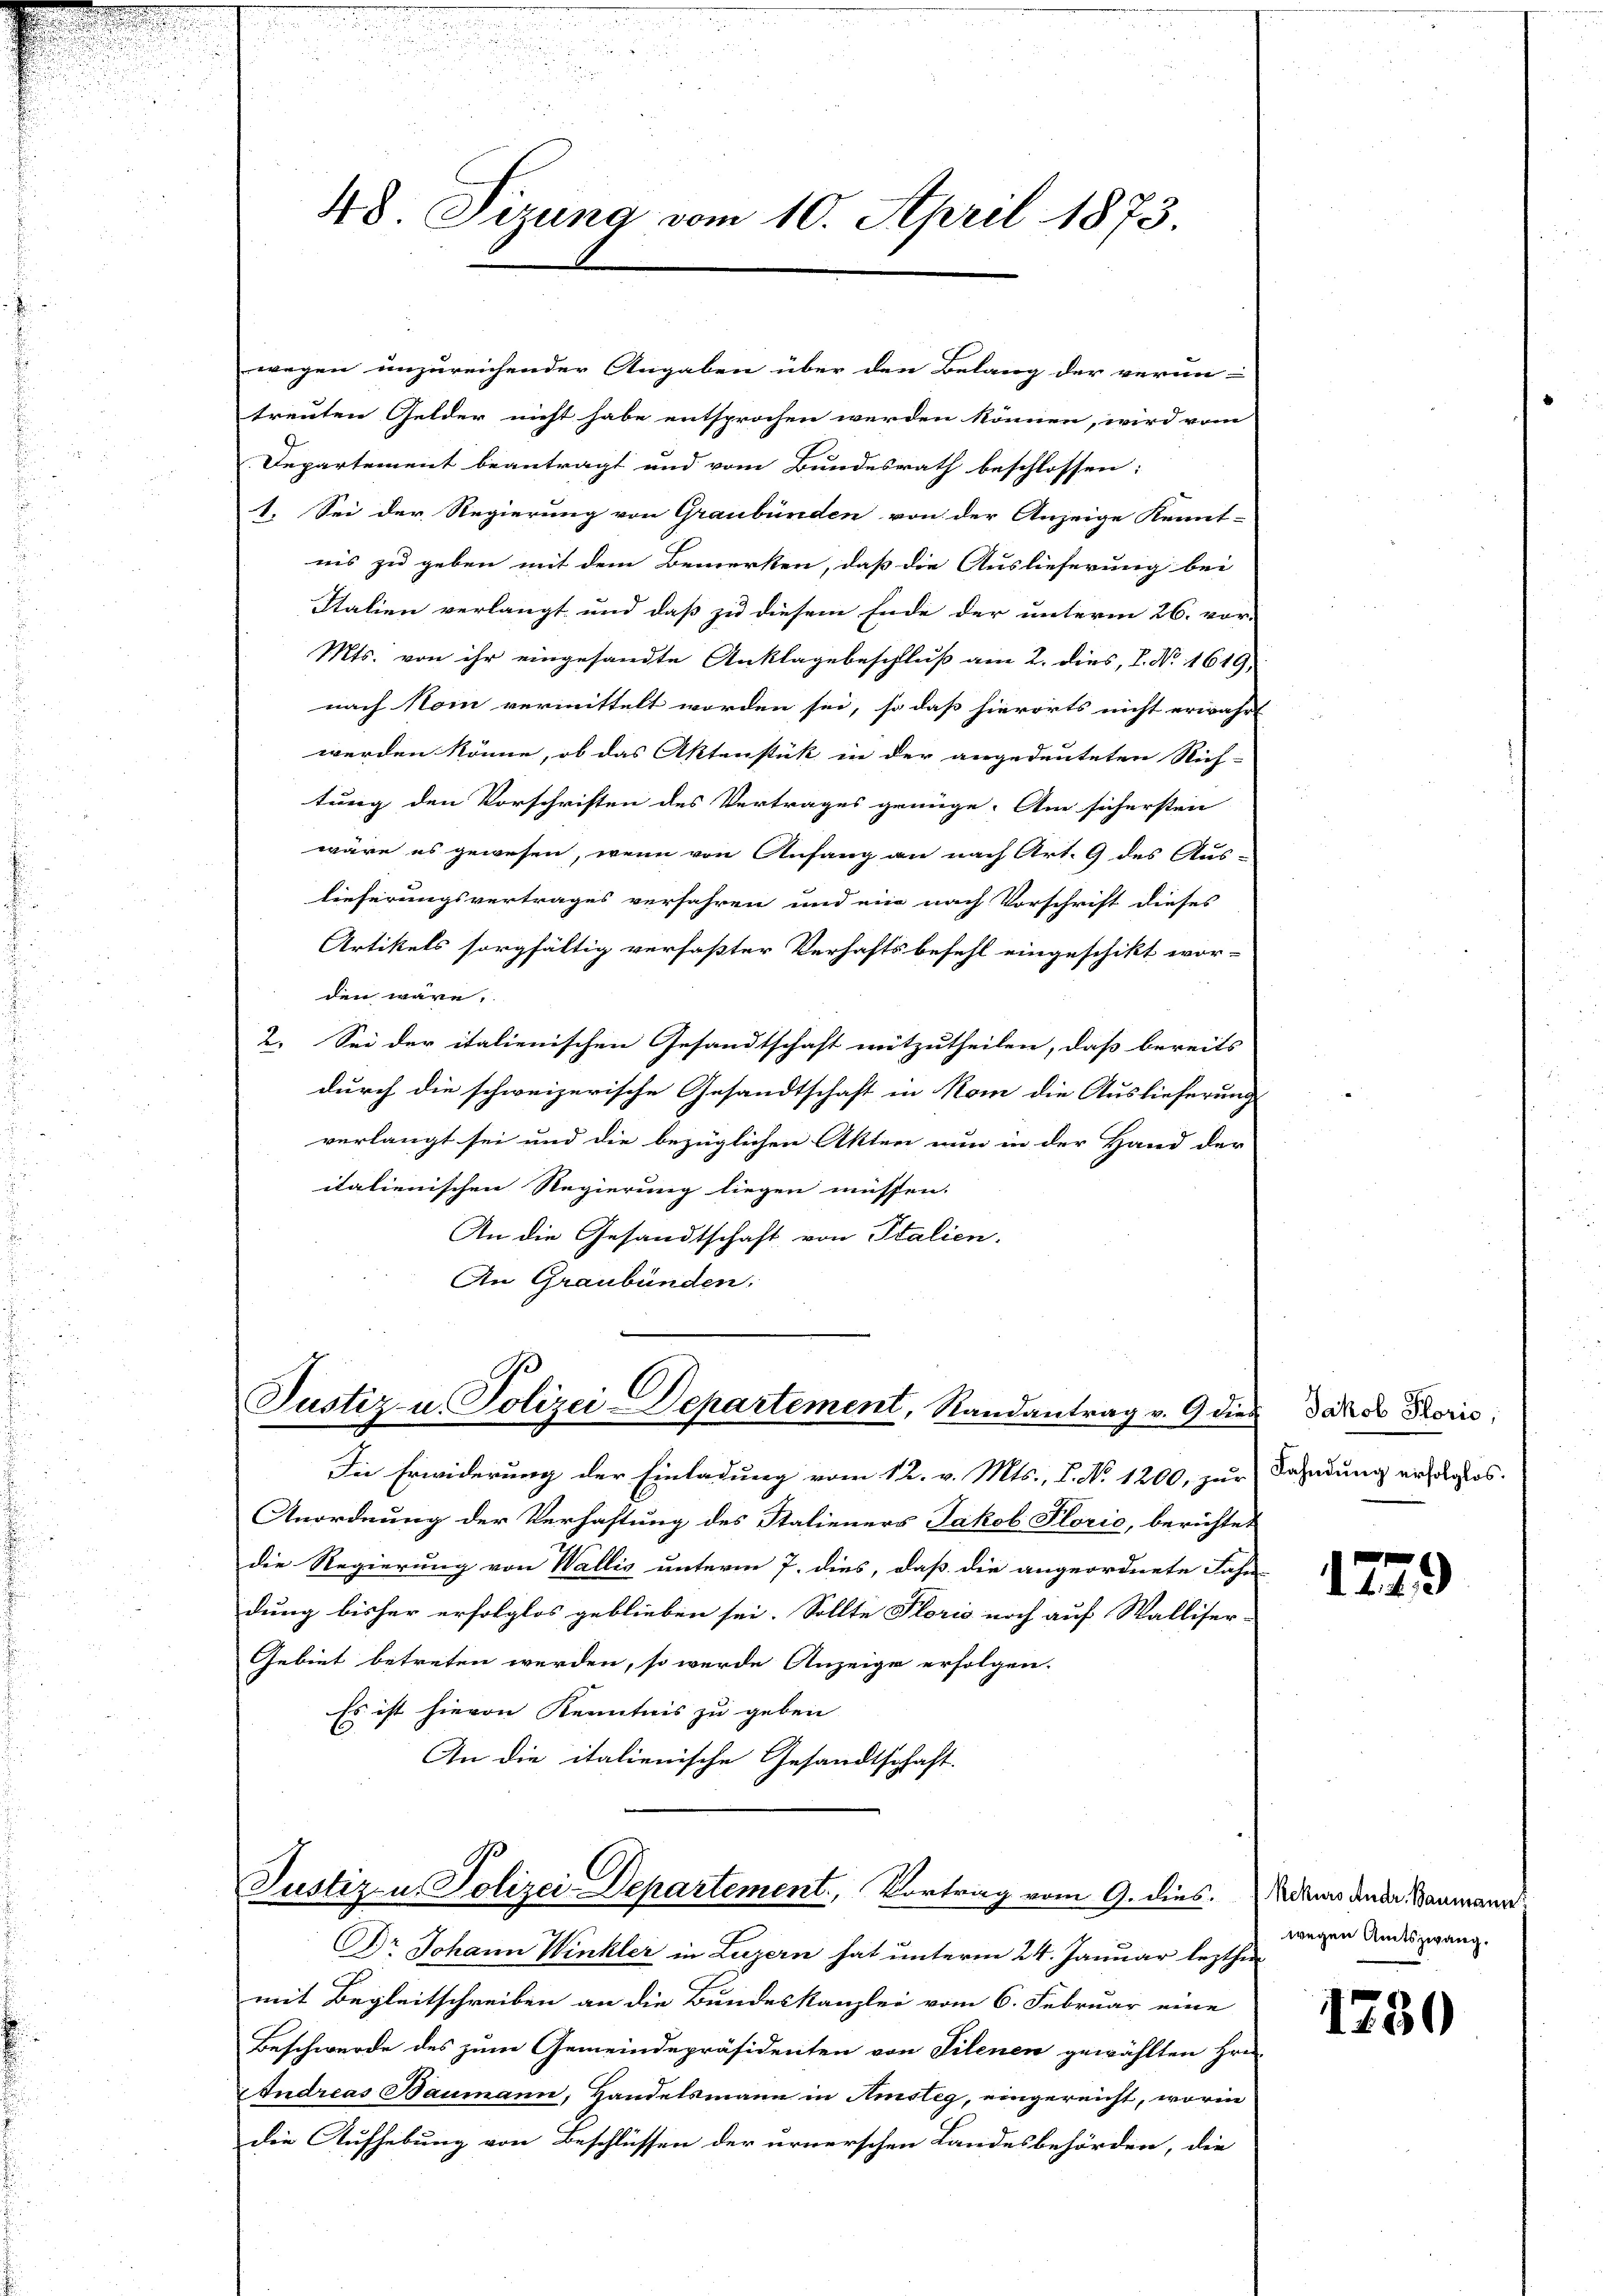
48 Sizung vom 10. April 1873.

wegen unzureichender Angaben über den Belang der verun-
treuten Gelder nicht habe entsprochen werden können, wird vom
Departement beantragt und vom Bundesrath beschlossen:
1. Sei der Regierung von Graubünden von der Anzeige Kennt-
nis zu geben mit dem Bemerken, daß die Auslieferung bei
Stalien verlangt und daß zu diesem Ende der unterm 26. vor-
Mts. von ihr eingesandte Anklagebeschluß am 2. dies, P. Nr. 1619,
nach Nom vermittelt worden sei, so daß hierorts nicht erwährt
werden könne, ob das Aktenstük in der angedeuteten Rich-
tung den Vorschriften des Vertrages grünge. Am sichersten
wäre es gewesen, wenn von Anfang an nach Art. 9 des Aus-
lieferungsvertrages verfahren und ein nach Vorschrift dieses
Artikels sorgfältig verfaßter Verhaftsbefehl eingeschikt wor-
den wäre.
2. Sei der italienischen Gesandtschaft mitzutheilen, daß bereits
durch die schweizerische Gesandtschaft in Rom die Auslieferung
verlangt sei und die bezüglichen Akten nun in der Hand der
italienischen Regierung liegen müssen.
An die Gesandtschaft von Italien.
An Graubünden,

Die Erwiderung der Einladung vom 12. v. Mts., L. No 1200, zur Fahndung erfolglos.
Anordnung der Verhaftung des Statieners Jakob Florio, berichtet
die Regierung von Wallis unterm 7. dies, daß die angeordnete Fahr
dung bisher erfolglos geblieben sei. Sollte Florio noch auf Walliser-
Gebiet betreten werden, so wurde Anzeige erfolgen.
Es ist hievon Kenntnis zu geben
An die italienische Gesandtschaft.

s
Justiz- u. Polizei-Departement, Randantrag v. 9 dies Jakob Koris

Justiz- u. Polizei-Departement, Vortrag vom 9. dies

Dr Johann Winkler in Luzern hat unterm 24. Januar lezthin
mit Begleitschreiben an die Bundeskanzlei vom 6. Februar eine
Beschwerde des zum Gemeindepräsidenten von Filenen gewählten Hrn.
Andreas Baumann, Handelsmann in Amsteg, eingereicht, worin
die Aufhebung von Beschlüssen der urnerschen Landesbehörden, die

1229

Rekurs Andr. Baumanne
wegen Amtszwang.

1230